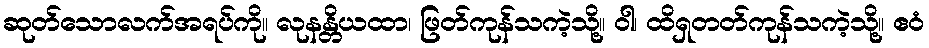
ဆုတ်သောလက်အရပ်ကို။ လုနန္တိယထာ၊ ဖြတ်ကုန်သကဲ့သို့။ ဝါ၊ ထိရှတတ်ကုန်သကဲ့သို့။ ဧဝံ